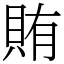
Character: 賄